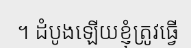
។ ដំបូងឡើយខ្ញុំត្រូវធ្វើ